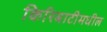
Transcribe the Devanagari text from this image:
किरिबाटीमधील